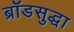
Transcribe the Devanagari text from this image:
ब्रॉडसुद्धा